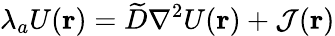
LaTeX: \lambda_{a}U({\mathbf r})=\widetilde D\nabla^{2}U({\mathbf r})+{\cal J}({\mathbf r})